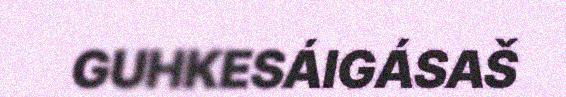
GUHKESÁIGÁSAŠ